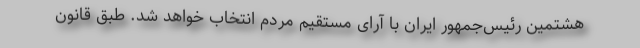
هشتمین رئیس‌جمهور ایران با آرای مستقیم مردم انتخاب خواهد شد. طبق قانون